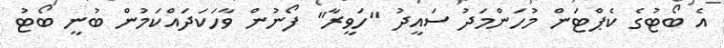
އެ ބޯޓުގެ ކެޕްޓަން މުހަންމަދު ސައީދު "ހަވީރާ" ފޯނުން ވާހަކަދައްކަމުން ބުނީ ބޯޓު